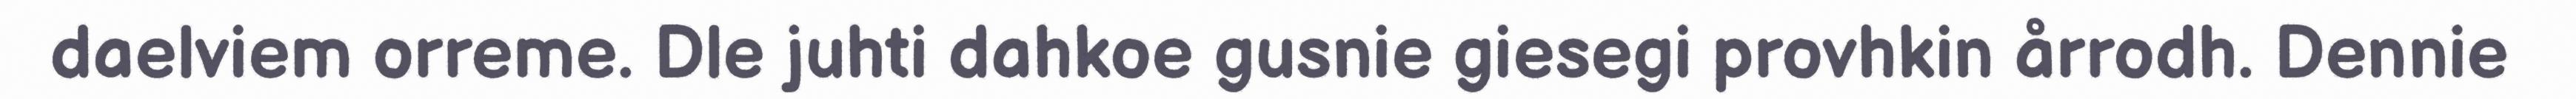
daelviem orreme. Dle juhti dahkoe gusnie giesegi provhkin årrodh. Dennie